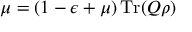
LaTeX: \mu = ( 1 - \epsilon + \mu ) \operatorname { T r } ( Q \rho )